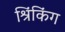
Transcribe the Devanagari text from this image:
श्रिंकिंग